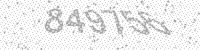
Solution: 849756